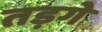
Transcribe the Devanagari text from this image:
तड़गे